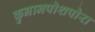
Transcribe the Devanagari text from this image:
कुनानपोशपोरा